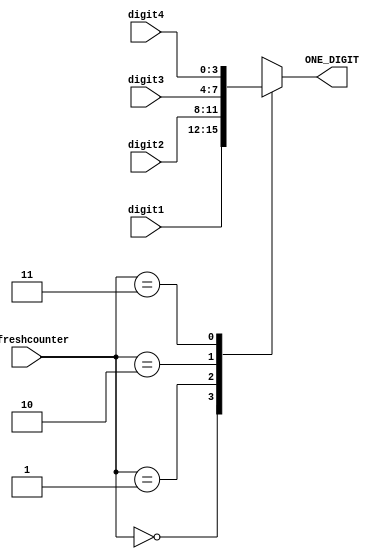
`timescale 1ns / 1ps

module BCD_control(
input [3:0] digit1, //right digit // ones
input [3:0] digit2, //tens
input [3:0] digit3, //hundreds
input [3:0] digit4, //left digit // thousands
input [1:0] refreshcounter,

output reg [3:0] ONE_DIGIT = 0 //choose which input digit to display
);

always@ (refreshcounter)
begin
    case(refreshcounter)
        2'd0:
            ONE_DIGIT = digit1; //digit 1 value (right)
        2'd1:
            ONE_DIGIT = digit2; //digit 2 value    
        2'd2:
            ONE_DIGIT = digit3; //digit 3 value 
        2'd3:
            ONE_DIGIT = digit4; //digit 4 value (left)
     endcase
end

endmodule